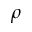
\rho